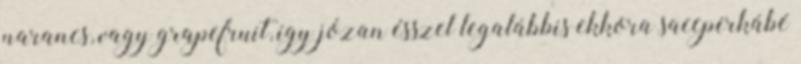
narancs, vagy grapefruit, így józan ésszel legalábbis ekkora saccperkábé